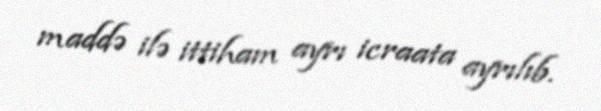
maddə ilə ittiham ayrı icraata ayrılıb.